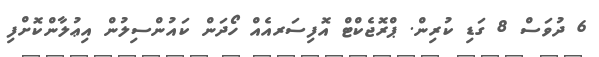
6 ދުވަސް 8 ގަޑި ކުރިން. ޕްރޮޖެކްޓް އޮފިސަރއެއް ހޯދަން ކައުންސިލުން އިޢުލާންކޮށްފި